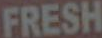
FRESH